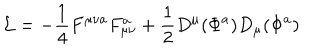
{ \cal L } = - { \frac { 1 } { 4 } } F ^ { \mu \nu a } F _ { \mu \nu } ^ { a } + { \frac { 1 } { 2 } } D ^ { \mu } ( \Phi ^ { a } ) D _ { \mu } ( \Phi ^ { a } )